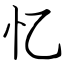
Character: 忆